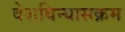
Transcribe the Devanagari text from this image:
वेशविन्यासक्रम